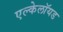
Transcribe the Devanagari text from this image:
एल्केलॉयड